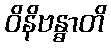
ဝိနိဗန္ဓာတိ